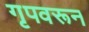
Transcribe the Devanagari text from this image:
गृपवरून